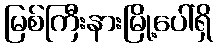
မြစ်ကြီးနားမြို့ပေါ်ရှိ